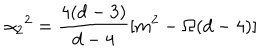
\alpha _ { 2 } { } ^ { 2 } = \frac { 4 ( d - 3 ) } { d - 4 } [ m ^ { 2 } - \Omega ( d - 4 ) ]